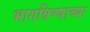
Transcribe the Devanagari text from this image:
भागविण्याच्या